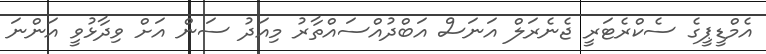
އެމްޑީޕީގެ ސެކްރެޓަރީ ޖެނެރަލް އަނަސް އަބްދުއްސައްތާރު މިއަދު ސަން އަށް ވިދާޅުވީ އަންނަ